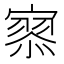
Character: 𡪹